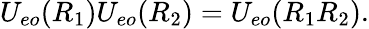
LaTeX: U_{eo}(R_{1})U_{eo}(R_{2})=U_{eo}(R_{1}R_{2}).